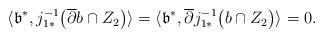
LaTeX: \begin{align*}\begin{aligned}\langle \mathfrak{b}^{*},j^{-1}_{1*}\big(\overline{\partial} b \cap Z_{2}\big)\rangle=\langle \mathfrak{b}^{*},\overline{\partial}j^{-1}_{1*}\big( b \cap Z_{2}\big)\rangle=0.\end{aligned}\end{align*}